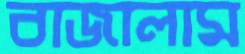
বাজালাম